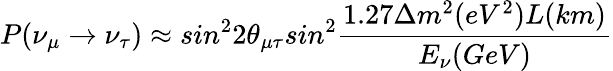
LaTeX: P(\nu_{\mu}\rightarrow\nu_{\tau})\approx sin^{2}2\theta_{\mu\tau}sin^{2}\frac{1.27\Delta m^{2}(eV^{2})L(km)}{E_{\nu}(GeV)}